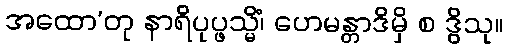
အထော’တု နာရိပုပ္ဖသ္မိံ၊ ဟေမန္တာဒိမှိ စ ဒွိသု။